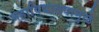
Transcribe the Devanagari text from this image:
महाविद्यालयामुळे